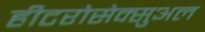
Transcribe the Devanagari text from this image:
हीटरोसेक्सुअल